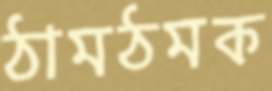
ঠামঠমক